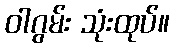
ဝါဂွမ်း သုံးထုပ်။